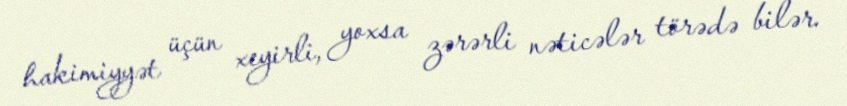
hakimiyyət üçün xeyirli, yoxsa zərərli nəticələr törədə bilər.